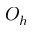
O _ { h }